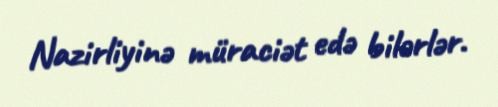
Nazirliyinə müraciət edə bilərlər.